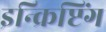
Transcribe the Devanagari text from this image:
इन्क्रिप्टिंग